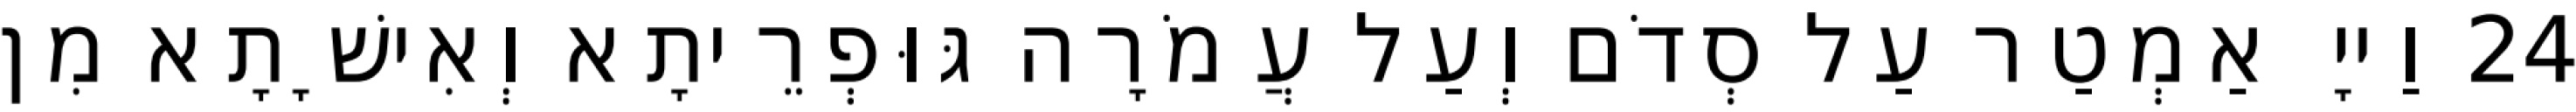
24 וַייָ אַמְטַר עַל סְדֹם וְעַל עֲמֹרָה גּוּפְרֵיתָא וְאִישָׁתָא מִן